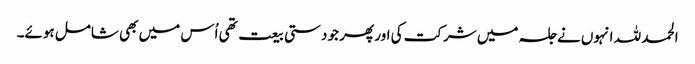
الحمد للہ انہوں نے جلسہ میں شرکت کی اور پھر جو دستی بیعت تھی اُس میں بھی شامل ہوئے۔